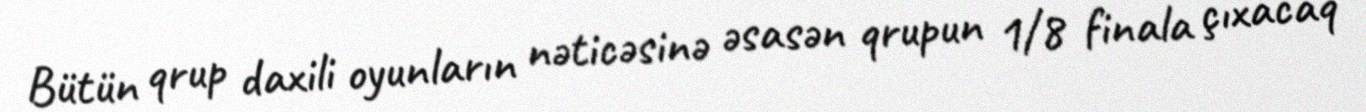
Bütün qrup daxili oyunların nəticəsinə əsasən qrupun 1/8 finala çıxacaq